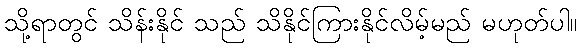
သို့ရာတွင် သိန်းနိုင် သည် သိနိုင်ကြားနိုင်လိမ့်မည် မဟုတ်ပါ။